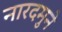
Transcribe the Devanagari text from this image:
नारदमुने